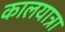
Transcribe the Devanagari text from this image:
कालयात्रा